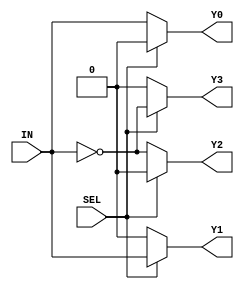
module demux_1to4 (
    input wire SEL,
    input wire IN,
    output reg Y0,
    output reg Y1,
    output reg Y2,
    output reg Y3
);

always @(*) begin
    Y0 = (SEL == 1'b0) ? IN : 1'b0;
    Y1 = (SEL == 1'b1) ? IN : 1'b0;
    Y2 = (SEL == 1'b0) ? ~IN : 1'b0;
    Y3 = (SEL == 1'b1) ? ~IN : 1'b0;
end

endmodule